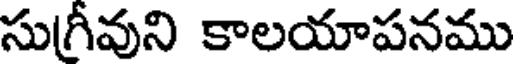
సుగ్రీవుని కాలయాపనము